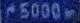
5000